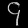
Digit: ၄